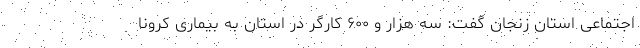
اجتماعی استان زنجان گفت: سه هزار و ۶۰۰ کارگر در استان به بیماری کرونا